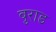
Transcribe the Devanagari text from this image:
बुराड